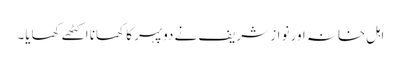
اہل خانہ اور نواز شریف نے دوپہر کا کھانا اکٹھے کھایا۔